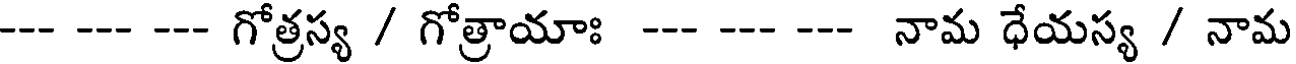
--- --- --- గోత్రస్య / గోత్రాయాః --- --- --- నామ ధేయస్య / నామ